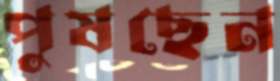
পুষছেন